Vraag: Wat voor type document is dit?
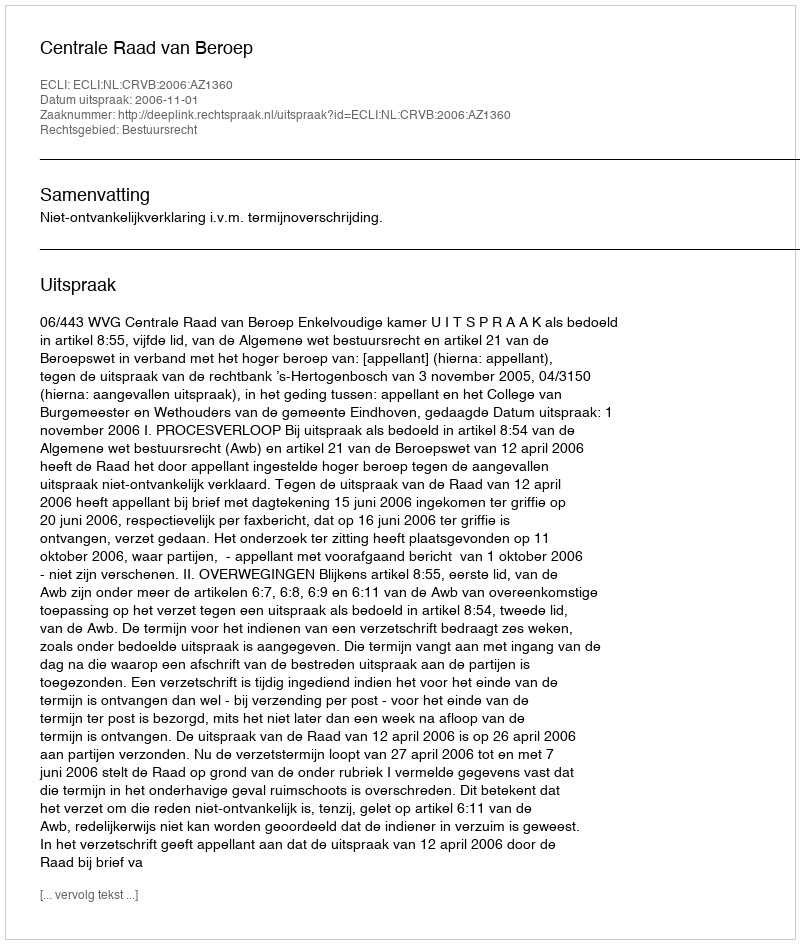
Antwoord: Uitspraak